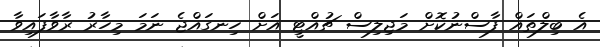
އެ ބިލްތައް ފާސްނުކޮށް މަޖިލިސް ޗުއްޓީ އަށް ހިނގައްޖެ ނަމަ މިހާރު ރާވާފައިވާ